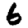
Digit: 6